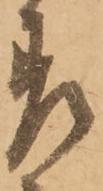
差